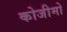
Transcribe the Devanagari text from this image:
कोजीमो